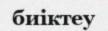
биіктеу